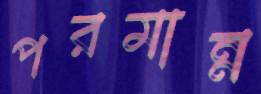
পরমান্ন